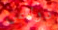
ذراعى